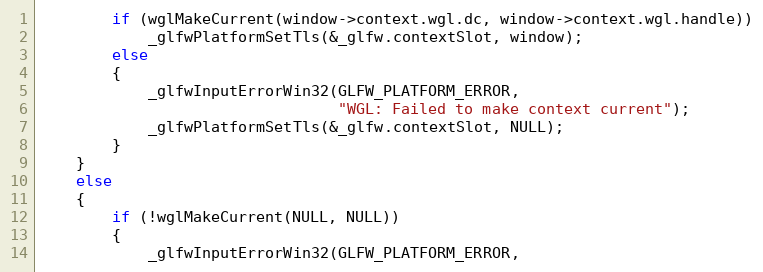
Language: C
        if (wglMakeCurrent(window->context.wgl.dc, window->context.wgl.handle))
            _glfwPlatformSetTls(&_glfw.contextSlot, window);
        else
        {
            _glfwInputErrorWin32(GLFW_PLATFORM_ERROR,
                                 "WGL: Failed to make context current");
            _glfwPlatformSetTls(&_glfw.contextSlot, NULL);
        }
    }
    else
    {
        if (!wglMakeCurrent(NULL, NULL))
        {
            _glfwInputErrorWin32(GLFW_PLATFORM_ERROR,